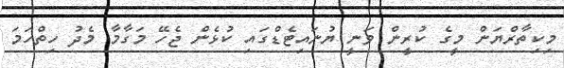
މިކިތާރްޔަން މީގެ ކުރީން ވަނީ ޔުނައިޓެޑްގައި ކުޅެން ޖެހޭ މަގާމާ މެދު ހިތްހަމަ